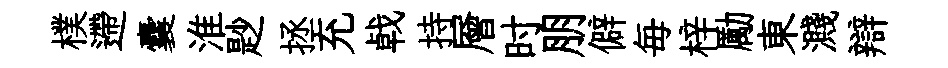
樸遰囊淮尟拯充㦸持層时朋僻毎梓勵東濺辯